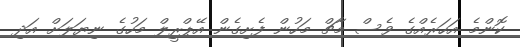
ކޮންމެ އަހަރެއްގެ ވެސް މާޗް މަހުން ފެށިގެން އޭޕްރީލް މަހުގެ ނިޔަލަށް އަދި